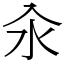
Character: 汆